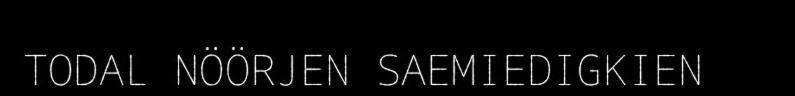
TODAL NÖÖRJEN SAEMIEDIGKIEN